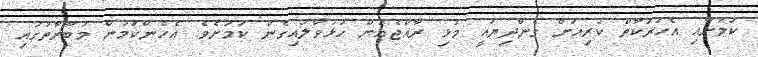
ކަމަށާއި އެހަރަކާތް ކުރިއަށް ގެންދިޔައީ މުޅި ރާއްޖެއަށް ހުޅުވާލައިގެން ކަމަށެވެ. އެހެންކަމުން މުބާރާތުގައި